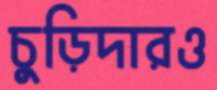
চুড়িদারও